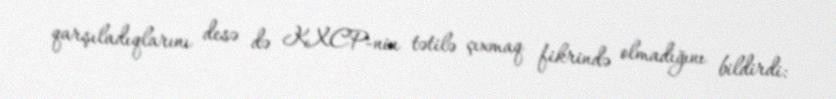
qarşıladıqlarını desə də KXCP-nin tətilə çıxmaq fikrində olmadığını bildirdi: